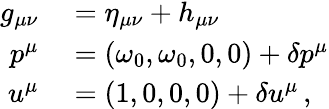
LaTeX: \begin{array}{rl}{g_{\mu\nu}}&{{}=\eta_{\mu\nu}+h_{\mu\nu}}\\ {p^{\mu}}&{{}=(\omega_{0},\omega_{0},0,0)+\delta p^{\mu}}\\ {u^{\mu}}&{{}=(1,0,0,0)+\delta u^{\mu}\, ,}\end{array}